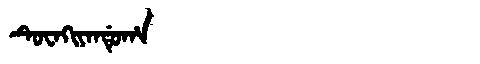
Manchu: ᡨᡠᠸᠠᡴᡳᠶᠠᠨᡩᡠᡥᠠ
Romanization: TUWAKIYANDUHA